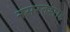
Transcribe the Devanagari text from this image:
नसरतशाह